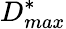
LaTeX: D_{max}^{*}